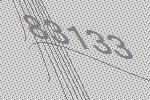
83133